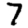
Digit: 7